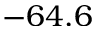
- 6 4 . 6